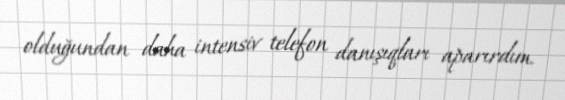
olduğundan daha intensiv telefon danışıqları aparırdım.